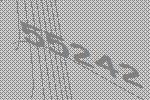
55242